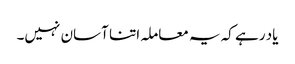
یاد رہے کہ یہ معاملہ اتنا آسان نہیں۔